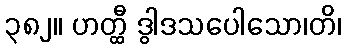
၃၈၂။ ဟတ္ထီ ဒွါဒသပေါသော၊တိ၊